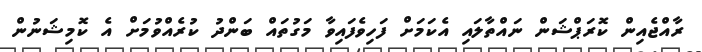
ރާއްޖެއިން ކޮރަޕްޝަން ނައްތާލައި އެކަމަށް ފަހިވެފައިވާ މަގުތައް ބަންދު ކުރެއްވުމަށް އެ ކޮމިޝަނުން